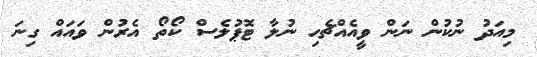
މިއަދު ނުކުން ނަން ވީއެއްޗެހި ނުލާ ޓޮޕުލެސް ކޯތޯ އެރުން ވައައް ގިނަ